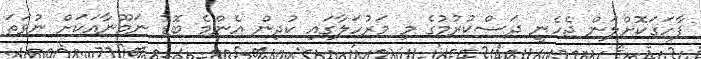
ފާހަގަކޮށްލަން ޖެހެނީ ދަސްކުރުމުގެ މި މަރުހަލާގައި ކުދިން އެންމެ ބޮޑު ނަމޫނާއަކަށް ނުވަތަ